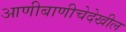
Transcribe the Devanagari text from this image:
आणीबाणीचेदेखील